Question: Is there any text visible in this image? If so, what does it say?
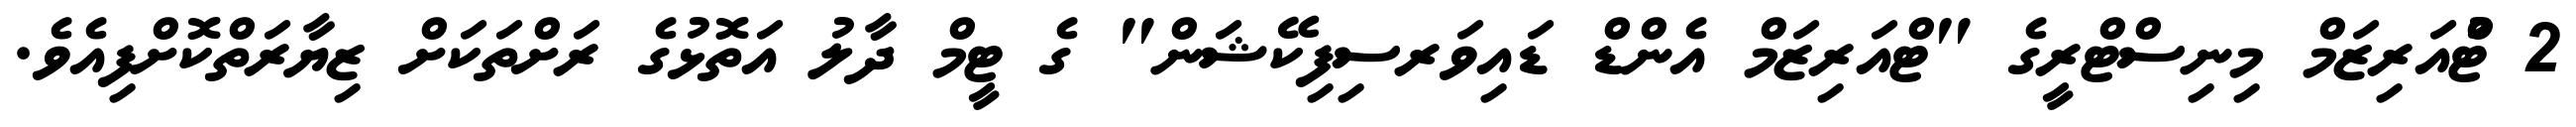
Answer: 2 ޓްުއަރިޒަމް މިނިސްޓްރީގެ "ޓްއަރިޒަމް އެންޑް ޑައިވަރސިފިކޭޝަން" ގެ ޓީމް ދާލު އަތޮޅުގެ ރަށްތަކަށް ޒިޔާރަތްކޮށްފިއެވެ.